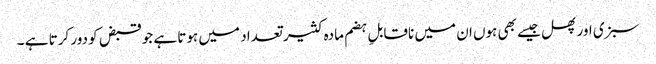
سبزی اور پھل جیسے بھی ہوں ان میں ناقابلِ ہضم مادہ کثیر تعداد میں ہوتا ہے جو قبض کو دور کرتا ہے ۔